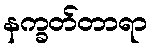
နက္ခတ်တာရာ